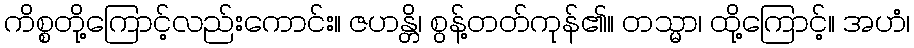
ကိစ္စတို့ကြောင့်လည်းကောင်း။ ဇဟန္တိ၊ စွန့်တတ်ကုန်၏။ တသ္မာ၊ ထို့ကြောင့်။ အဟံ၊